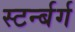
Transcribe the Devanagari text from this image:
स्टर्न्बर्ग